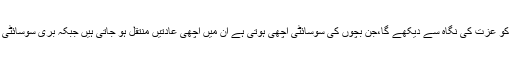
اچھی عادات اپنانے سے ہر کوئی آپ کو عزت کی نگاہ سے دیکھے گا،جن بچوں کی سوسائٹی اچھی ہوتی ہے ان میں اچھی عادتیں منتقل ہو جاتی ہیں جبکہ بُری سوسائٹی اپنانے سے بری عادتیں جنم لیتی ہیں۔